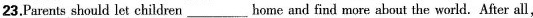
23.Parents should let children___home and find more about the world.After all,